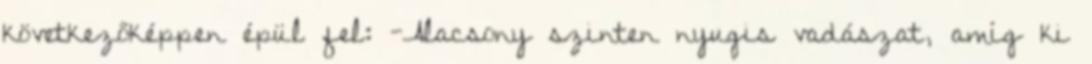
következőképpen épül fel: -Alacsony szinten nyugis vadászat, amíg ki